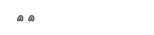
٥١